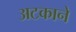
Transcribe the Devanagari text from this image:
अटकाने